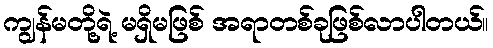
ကျွန်မတို့ရဲ့ မရှိမဖြစ် အရာတစ်ခုဖြစ်လာပါတယ်။